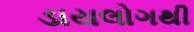
ડાયલોગથી